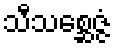
သီသစ္ဆေဇ္ဇံ